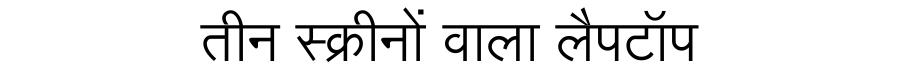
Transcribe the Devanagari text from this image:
तीन स्क्रीनों वाला लैपटॉप